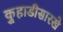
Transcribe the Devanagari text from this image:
कुर्‍हाडीसारखे